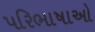
પરિભાષાઓ